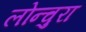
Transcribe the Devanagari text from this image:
लोन्चुरा